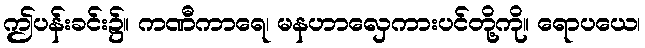
ဤပန်းခင်း၌။ ကဏီကာရေ၊ မနဟာလှေကားပင်တို့ကို။ ရောပယေ၊